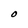
Character: O